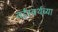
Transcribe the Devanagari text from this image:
वर्ड्‌स्वर्थच्या